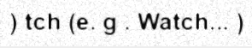
) tch (e. g . Watch... )